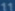
m